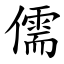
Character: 儒